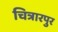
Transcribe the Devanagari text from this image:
चित्रारपुर